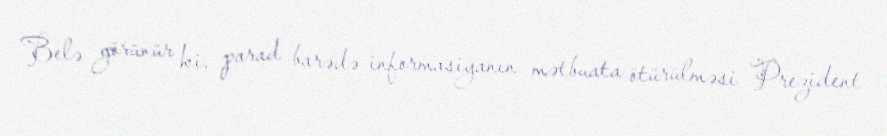
Belə görünür ki, parad barədə informasiyanın mətbuata ötürülməsi Prezident